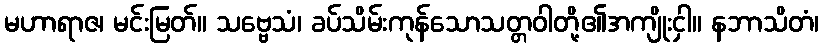
မဟာရာဇ၊ မင်းမြတ်။ သဗ္ဗေသံ၊ ခပ်သိမ်းကုန်သောသတ္တဝါတို့၏အကျိုးငှါ။ နဘာသိတံ၊